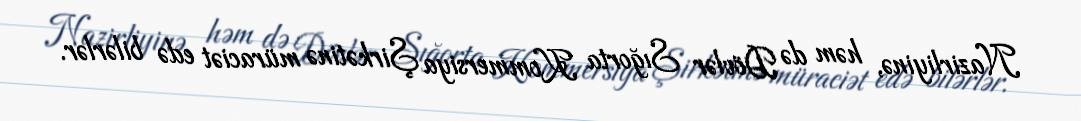
Nazirliyinə, həm də Dövlər Sığorta Kommersiya Şirkətinə müraciət edə bilərlər.